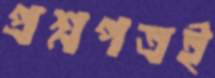
প্রশ্নপত্রই